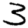
Digit: 3